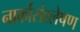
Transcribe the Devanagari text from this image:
नार्कोसंश्लेषण